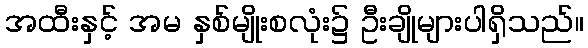
အထီးနှင့် အမ နှစ်မျိုးစလုံး၌ ဦးချိုများပါရှိသည်။